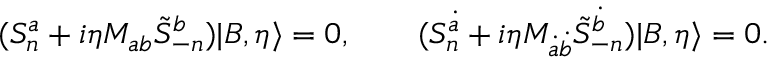
( S _ { n } ^ { a } + i \eta M _ { a b } \tilde { S } _ { - n } ^ { b } ) | B , \eta \rangle = 0 , \qquad ( S _ { n } ^ { \dot { a } } + i \eta M _ { \dot { a } \dot { b } } \tilde { S } _ { - n } ^ { \dot { b } } ) | B , \eta \rangle = 0 .